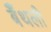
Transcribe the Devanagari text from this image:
बैँथली